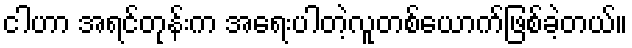
ငါဟာ အရင်တုန်းက အရေးပါတဲ့လူတစ်ယောက်ဖြစ်ခဲ့တယ်။